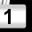
Digit: 1